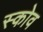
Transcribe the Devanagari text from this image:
स्‍कोव